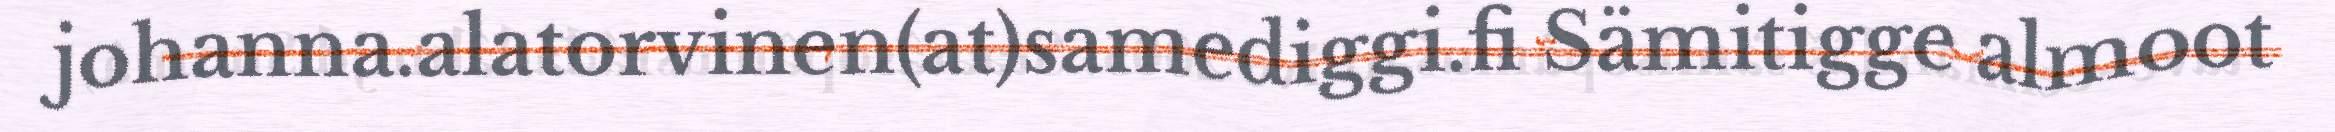
johanna.alatorvinen(at)samediggi.fi Sämitigge almoot